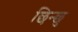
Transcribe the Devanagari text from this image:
छिन्छु